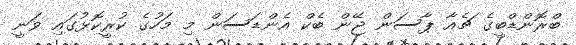
ބްރޮންޑްބީގެ ޗެއާ ޕާސަން ޖޭން ބެކް އެންޑަސަން މި މަހުގެ ކުރީކޮޅުގައި ވަނީ